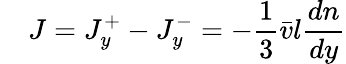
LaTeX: \quad J=J_{y}^{+}-J_{y}^{-}=-{\frac{1}{3}}{\bar{v}}l{\frac{dn}{dy}}